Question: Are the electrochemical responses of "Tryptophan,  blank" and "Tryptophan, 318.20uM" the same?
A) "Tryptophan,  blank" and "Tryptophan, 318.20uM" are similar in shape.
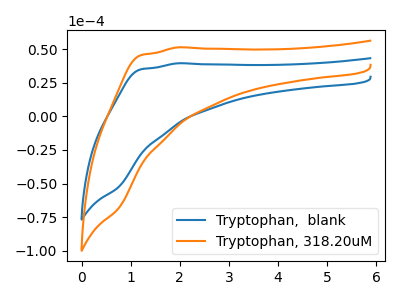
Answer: <think>The blue curve "Tryptophan,  blank" has no peaks. The orange curve "Tryptophan, 318.20uM" has no peaks.
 Neither "Tryptophan,  blank" or "Tryptophan, 318.20uM" have any peaks.</think>
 <answer>A) "Tryptophan,  blank" and "Tryptophan, 318.20uM" are similar in shape.</answer>
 <eval>A</eval>